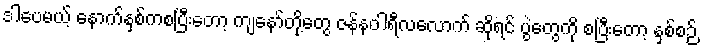
ဒါပေမယ့် နောက်နှစ်ကစပြီးတော့ ကျနော်တို့တွေ ဇန်နဝါရီလလောက် ဆိုရင် ပွဲတွေကို စပြီးတော့ နှစ်စဉ်